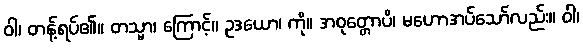
ဝါ၊ တန့်ရပ်၏။ တသ္မာ၊ ကြောင့်။ ဥဒယော၊ ကို။ အဝုတ္တောပိ၊ မဟောအပ်သော်လည်း။ ဝါ၊